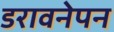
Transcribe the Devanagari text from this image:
डरावनेपन